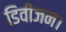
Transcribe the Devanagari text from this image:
डिवीजन।